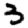
Digit: 3